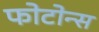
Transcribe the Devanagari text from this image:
फोटोन्स